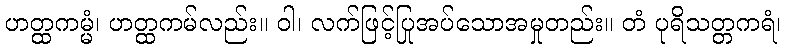
ဟတ္ထကမ္မံ၊ ဟတ္ထကမ်လည်း။ ဝါ၊ လက်ဖြင့်ပြုအပ်သောအမှုတည်း။ တံ ပုရိသတ္တကရံ၊